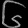
Digit: ၆